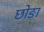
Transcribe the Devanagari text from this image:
छोङा